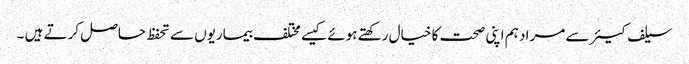
سیلف کیئر سے مراد ہم اپنی صحت کا خیال رکھتے ہوئے کیسے مختلف بیماریوں سے تحفظ حاصل کرتے ہیں ۔